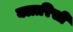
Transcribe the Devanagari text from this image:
क्लारिसी